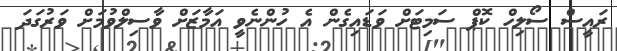
ރައީސް ސޯލިހް ކޮޕް ސަމިޓަށް ވަޑައިގެން އެ ހުންނެވީ އަމާޒަށް ވާސިލްވުމަށް ވަރުގަދަ